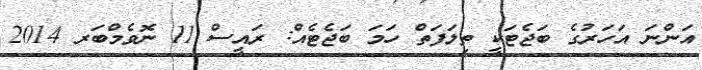
އަންނަ އަހަރުގެ ބަޖެޓަކީ ތިލަފަތް ހަމަ ބަޖެޓެއް: ރައީސް 11 ނޮވެމްބަރ 2014